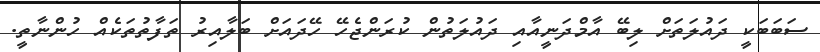
ސަބަބަކީ ދައުލަތަށް ލިބޭ އާމްދަނީއާއި ދައުލަތުން ކުރަންޖެހޭ ހޭދައަށް ބަލާއިރު ތަފާތުތަކެއް ހުންނާތީ.